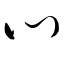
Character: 心